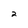
Character: 2